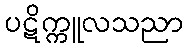
ပဋိက္ကူလသညာ